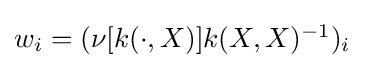
\textstyle w_{i}=(\nu [k(\cdot ,X)]k(X,X)^{-1})_{i}